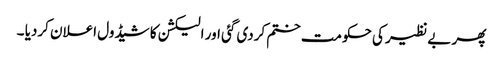
پھر بے نظیر کی حکومت ختم کردی گئی اور الیکشن کا شیڈول اعلان کردیا ۔